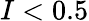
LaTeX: I<0.5